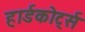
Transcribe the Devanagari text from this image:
हार्डकोर्ट्स